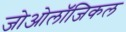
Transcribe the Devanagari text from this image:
जोओलॉजिकल